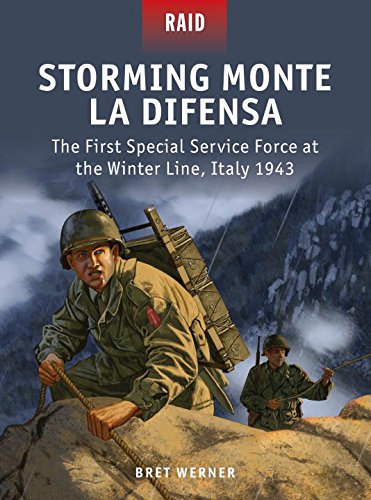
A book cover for Storming Monte La Difensa - The First Special Service Force at the Winter Line, Italy 1943 (Raid); Bret Werner; History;